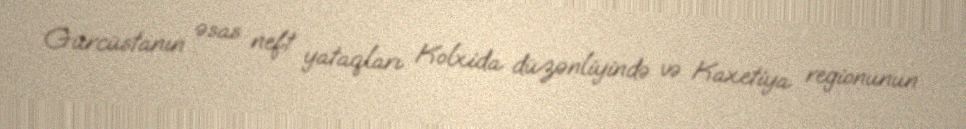
Gürcüstanın əsas neft yataqları Kolxida düzənliyində və Kaxetiya regionunun